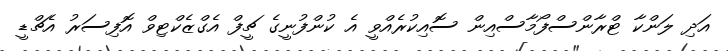
އަދި ލަންކާ ޓްރާންސްފޯމާސްއިން ސޮއިކުރެއްވީ އެ ކުންފުނީގެ ޗީފް އެގްޒެކްޓިވް އޮފިސަރު އެޗްޑީ